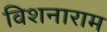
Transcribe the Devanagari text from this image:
विशनाराम